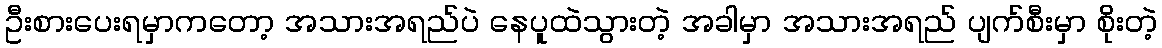
ဦးစားပေးရမှာကတော့ အသားအရည်ပဲ နေပူထဲသွားတဲ့ အခါမှာ အသားအရည် ပျက်စီးမှာ စိုးတဲ့